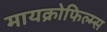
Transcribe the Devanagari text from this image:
मायक्रोफिल्म्स